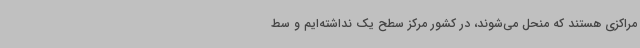
مراکزی هستند که منحل می‌شوند، در کشور مرکز سطح یک نداشته‌ایم و سط